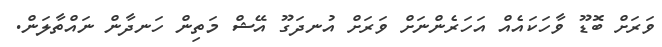
ވަރަށް ބޮޑޫ ވާހަކައެއް އަހަރެންނަށް ވަރަށް އުނދަގޫ އޭޝް މަތިން ހަނދާން ނައްތާލަން.